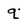
Character: q